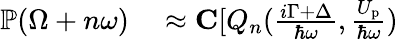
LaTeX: \begin{array}{rl}{\mathbb{P}(\Omega+n\omega)}&{{}\approx{\mathbf C}[Q_{n}(\frac{i\Gamma+\Delta}{\hbar\omega},\frac{U_{\mathrm{p}}}{\hbar\omega})}\end{array}